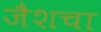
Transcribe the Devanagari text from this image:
जैशचा